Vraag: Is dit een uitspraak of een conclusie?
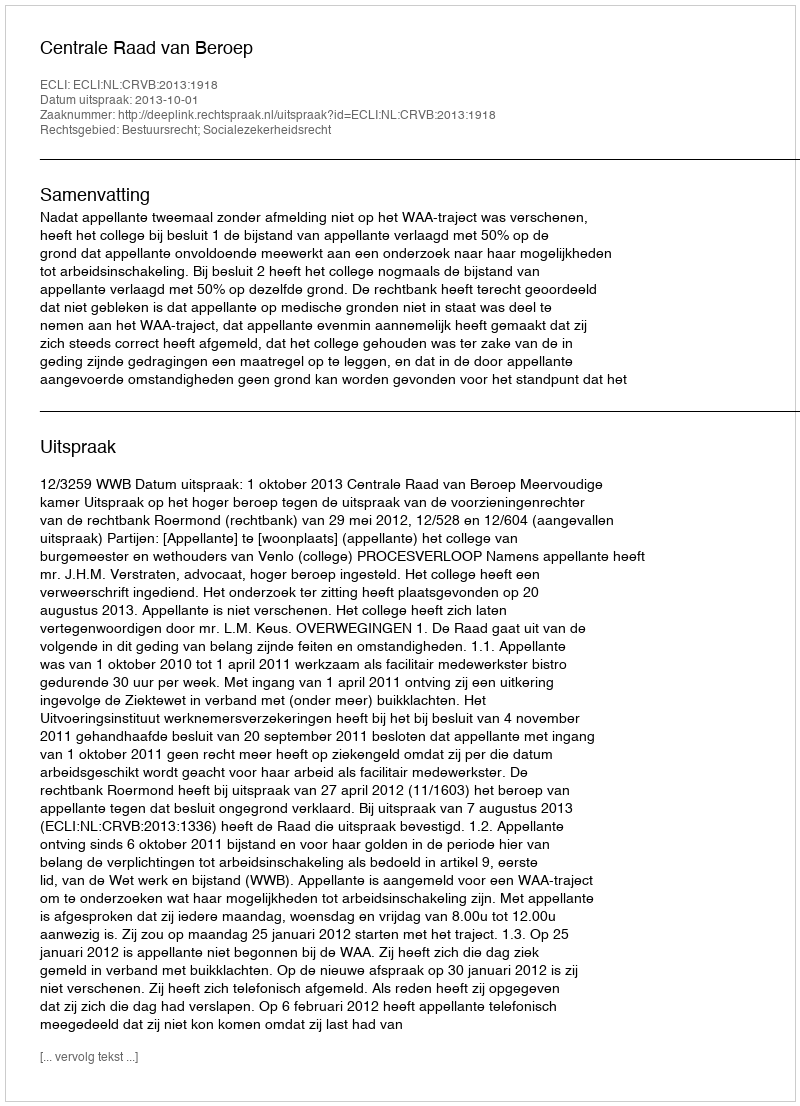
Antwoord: Uitspraak